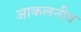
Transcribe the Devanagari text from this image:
आकलनीय